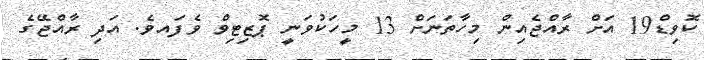
ކޮވިޑް19 އަށް ރާއްޖެއިން މިހާތަނަށް 13 މީހަކުވަނީ ޕޮޒިޓިވް ވެފައވެ. އަދި ރާއްޖޭގެ